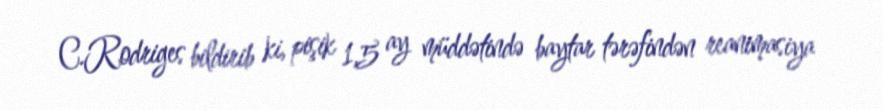
C.Rodriges bildirib ki, pişik 1,5 ay müddətində baytar tərəfindən reanimasiya